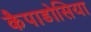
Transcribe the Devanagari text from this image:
कैपाडोसिया